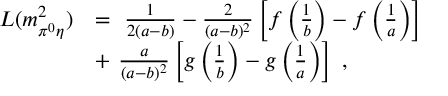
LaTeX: \begin{array} { r l } { { L ( m _ { \pi ^ { 0 } \eta } ^ { 2 } ) } } & { { = \ \frac { 1 } { 2 ( a - b ) } - \frac { 2 } { ( a - b ) ^ { 2 } } \left[ f \left( \frac { 1 } { b } \right) - f \left( \frac { 1 } { a } \right) \right] } } \\ { { } } & { { + \ \frac { a } { ( a - b ) ^ { 2 } } \left[ g \left( \frac { 1 } { b } \right) - g \left( \frac { 1 } { a } \right) \right] \ , } } \end{array}